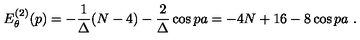
E _ { \theta } ^ { ( 2 ) } ( p ) = - \frac { 1 } { \Delta } ( N - 4 ) - \frac { 2 } { \Delta } \cos p a = - 4 N + 1 6 - 8 \cos p a \ .